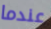
عندما